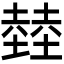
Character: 龳